system: You are a helpful assistant.
user:
Analyze the provided spectrum to determine if it is a **M-type Giant (gM)**.

A M-type Giant spectrum is defined by its **strong molecular absorption** features, particularly from **Titanium Oxide (TiO)**. You must check for one of the following mutually exclusive signatures:

- **Key Visual Indicators (Absorption-Dominated Spectrum):**

    - **(Primary):** The spectrum is dominated by strong molecular absorption from **Titanium Oxide (TiO)**. This is the **defining feature** of its M-type temperature class.
        - **(Key Bandheads):** Look for sharp, "saw-tooth" absorption valleys. The strongest are located near **~7050 Å**, **~6160 Å**, and **~5170 Å**.
        - **(Line Profile):** The "saw-tooth" morphology is critical: a **sharp, steep drop on the BLUE (short-wavelength) side** of the bandhead, followed by a gradual recovery (rising flux) towards the RED (long-wavelength) side.

    - **(Key Confirmation - Giant vs. Dwarf):** **ABSENCE** of strong **Calcium Hydride (CaH)** molecular bands. This is the primary diagnostic for *excluding* M-dwarfs.
        - **(Key Region):** The spectrum should lack the strong, broad absorption band seen in dwarfs between **~6800 Å and ~7000 Å**.

    - **(Secondary Confirmation - Giant):** A very strong and broad **Neutral Calcium (Ca I)** atomic absorption line.
        - **(Key Line):** Located at **~4226 Å**. In a giant (gM), this line is significantly deeper and broader than the same line in an M-dwarf (dM) due to low surface gravity.

    - **(Overall Spectrum):**
        - The continuum is **extremely red-sloping** (i.e., flux is very low in the blue and rises dramatically towards the red).
        - The entire spectrum appears "chopped up" by the deep TiO bands.

Think first, call **spectral_visualization_tool** if needed to examine features in detail, then provide your final answer. Your response must adhere to the following strict rules:
1.  **Overall Structure:** Your response must follow the format `<think>...</think> <tool_call>...</tool_call> (if a tool is used) <answer>...</answer>`.
2.  **Tool Usage Constraint:** You may only make **one** tool call per turn.
3.  **Final Answer Format:** In the `<answer>` tag, your conclusion must be inside a `\boxed{}` command (e.g., `\boxed{YES}` or `\boxed{NO}`), followed by your justification.

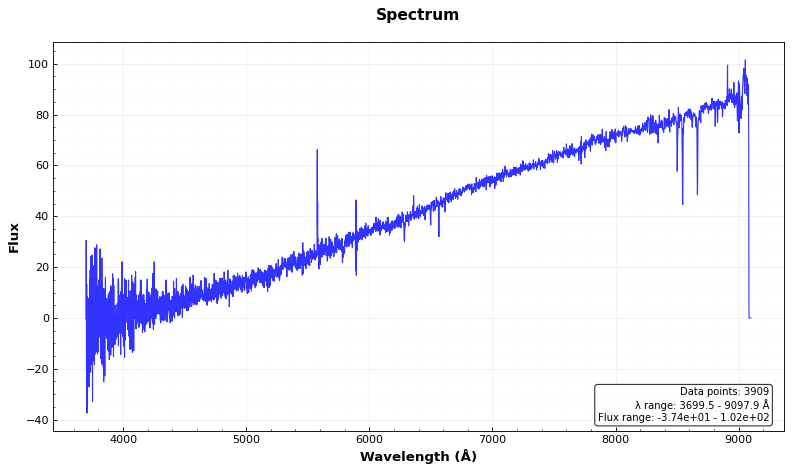
Answer: NO